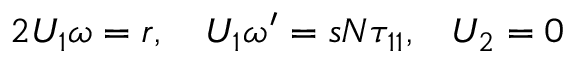
2 { U _ { 1 } \omega } = r , \quad { U _ { 1 } } { \omega ^ { \prime } } = s { N } { \tau _ { 1 1 } , } \quad { U _ { 2 } } = { 0 }